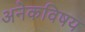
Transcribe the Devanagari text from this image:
अनेकविषय